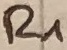
Text: R1